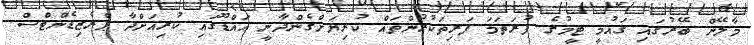
މާލޭން ބޭރުގައި ގައުމީ ޓީމުގެ ފުރަތަމަ ފަރިތަކުރުންތައް ކުރިޔަށްގެންދާނީ އައްޑޫގައި ކުރިއަށްދާ ޕްރެޒިޑެންޓްސް